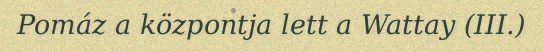
Pomáz a központja lett a Wattay (III.)